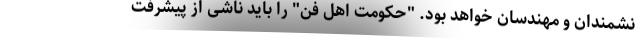
نشمندان و مهندسان خواهد بود. "حکومت اهل فن" را باید ناشی از پیشرفت